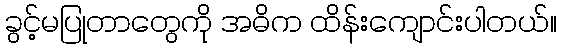
ခွင့်မပြုတာတွေကို အဓိက ထိန်းကျောင်းပါတယ်။